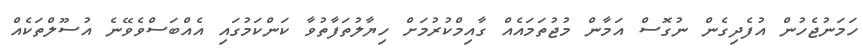
ހަމަނުޖެހުން އުފެދިގެން ނުގޮސް އަމާން މުޖުތަމައެއް ގާއިމްކުރުމަށް ހިޔާލުތަފާތުވާ ކަންކަމުގައި އެއްބަސްވެވޭނެ އުސޫލްތަކެއް